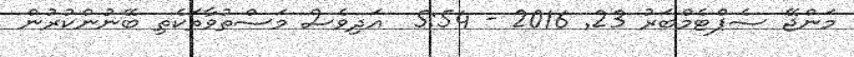
މަންޖޭ ސެޕްޓެމްބަރު 23